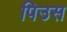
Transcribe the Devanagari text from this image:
पिउस